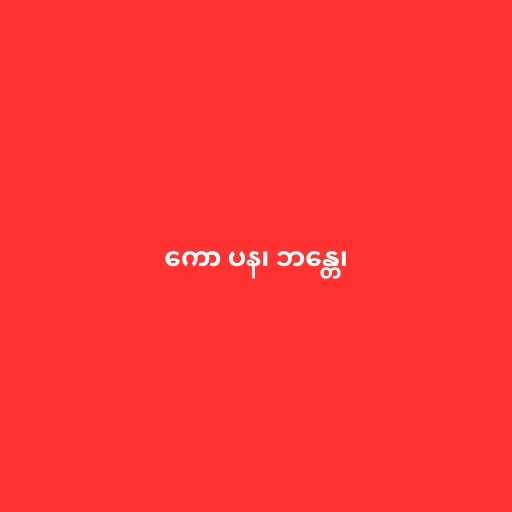
ကော ပန၊ ဘန္တေ၊